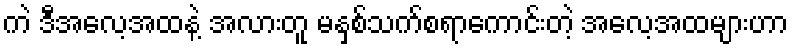
ကဲ ဒီအလေ့အထနဲ့ အလားတူ မနှစ်သက်စရာကောင်းတဲ့ အလေ့အထများဟာ